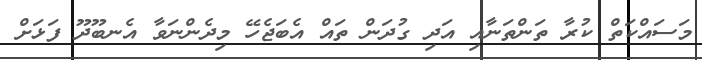
މަސައްކަތް ކުރާ ތަންތަނާއި އަދި ގުދަން ތައް އެބަޖެހޭ މިދެންނަވާ އެނބޫދޫ ފަޅަށް